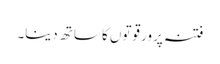
فتنہ پرور قوتوں کا ساتھ دینا۔